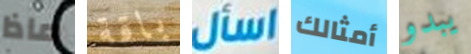
ماذا باقة اسأل أمثالك يبدو